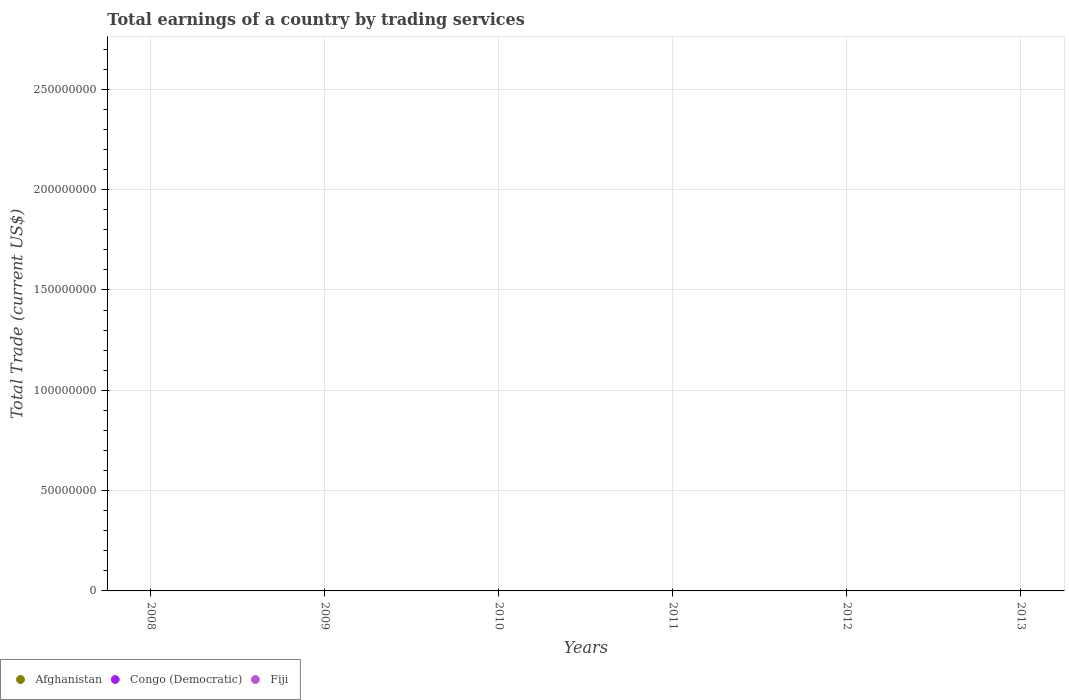
| Years | Afghanistan | Congo (Democratic) | Fiji |
 | --- | --- | --- | --- |
 | 2008 | -1.83e+09 | -1.13e+09 | -5.93e+08 |
 | 2009 | -2e+09 | -1.75e+09 | -2.91e+08 |
 | 2010 | -3.07e+09 | -1.84e+09 | -1.9e+08 |
 | 2011 | -4.09e+09 | -1.59e+09 | -2.21e+08 |
 | 2012 | -7.96e+09 | -1.98e+09 | -1.16e+08 |
 | 2013 | -7.68e+09 | -1.49e+09 | -6.73e+08 |